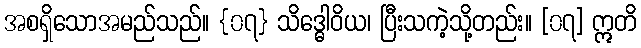
အစရှိသောအမည်သည်။ {၀၇} သိဒ္ဓေါဝိယ၊ ပြီးသကဲ့သို့တည်း။ [၀၇] ဣတိ